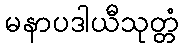
မနာပဒါယီသုတ္တံ